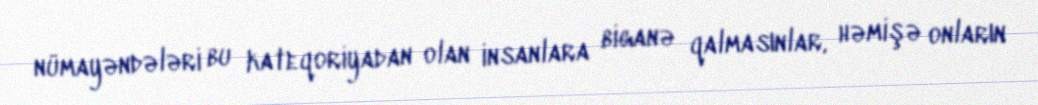
nümayəndələri bu kateqoriyadan olan insanlara biganə qalmasınlar, həmişə onların